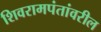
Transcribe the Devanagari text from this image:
शिवरामपंतांवरील